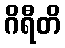
ဂိရီတိ